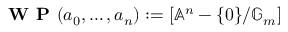
{ \textbf { W P } } ( a _ { 0 } , \ldots , a _ { n } ) : = [ \mathbb { A } ^ { n } - \{ 0 \} / \mathbb { G } _ { m } ]